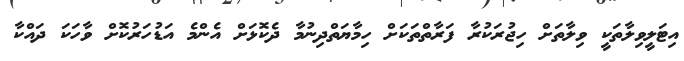
އިޓަލީވިލާތަކީ ވިލާތަށް ހިޖުރަކުރާ ފަރާތްތަކަށް ހިމާޔަތްދިނުމާ ދެކޮޅަށް އެންމެ އަޑުހަރުކޮށް ވާހަކަ ދައްކާ